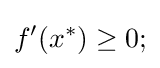
f^{\prime }(x^{\ast })\geq 0;